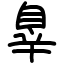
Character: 辠